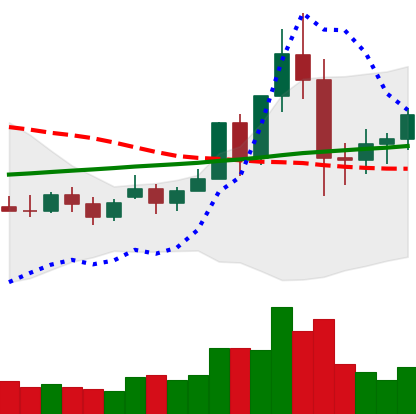
Ticker: NEO-USD
Chart end date: 2020-11-30
Forward return: -3.166%
Label: down_3_5